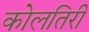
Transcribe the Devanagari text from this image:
कोलतिरी